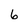
Character: 6